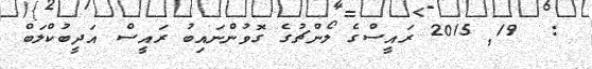
:  19